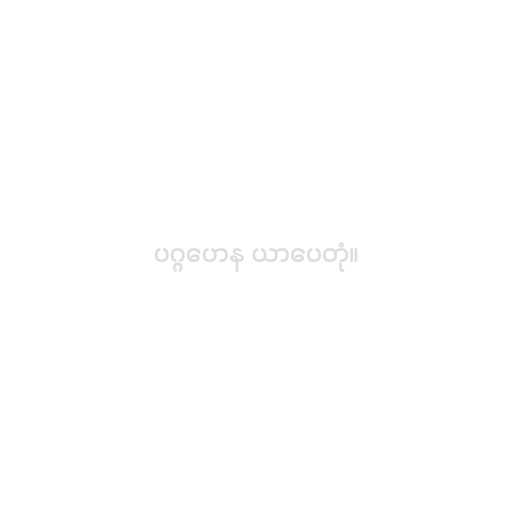
ပဂ္ဂဟေန ယာပေတုံ။